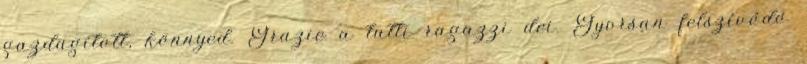
gazdagított, könnyed. Grazie a tutti ragazzi dei. Gyorsan felszívódó